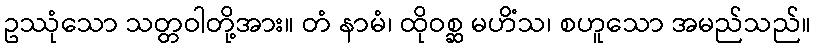
ဥဿုံသော သတ္တဝါတို့အား။ တံ နာမံ၊ ထိုဝစ္ဆ မဟိံသ၊ စဟူသော အမည်သည်။